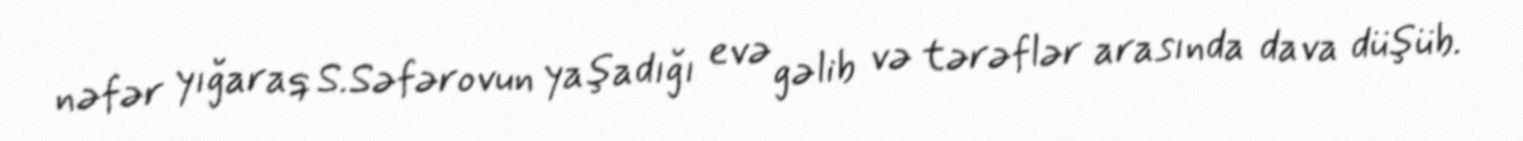
nəfər yığaraq S.Səfərovun yaşadığı evə gəlib və tərəflər arasında dava düşüb.